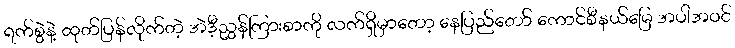
ရက်စွဲနဲ့ ထုတ်ပြန်လိုက်တဲ့ အဲဒီ့ညွှန်ကြားစာကို လက်ရှိမှာတော့ နေပြည်တော် ကောင်စီနယ်မြေ အပါအဝင်